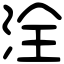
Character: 洤